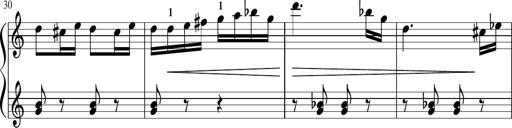
Title: Sonatina in G major
Composer: Friedrich Kuhlau
Key: G major